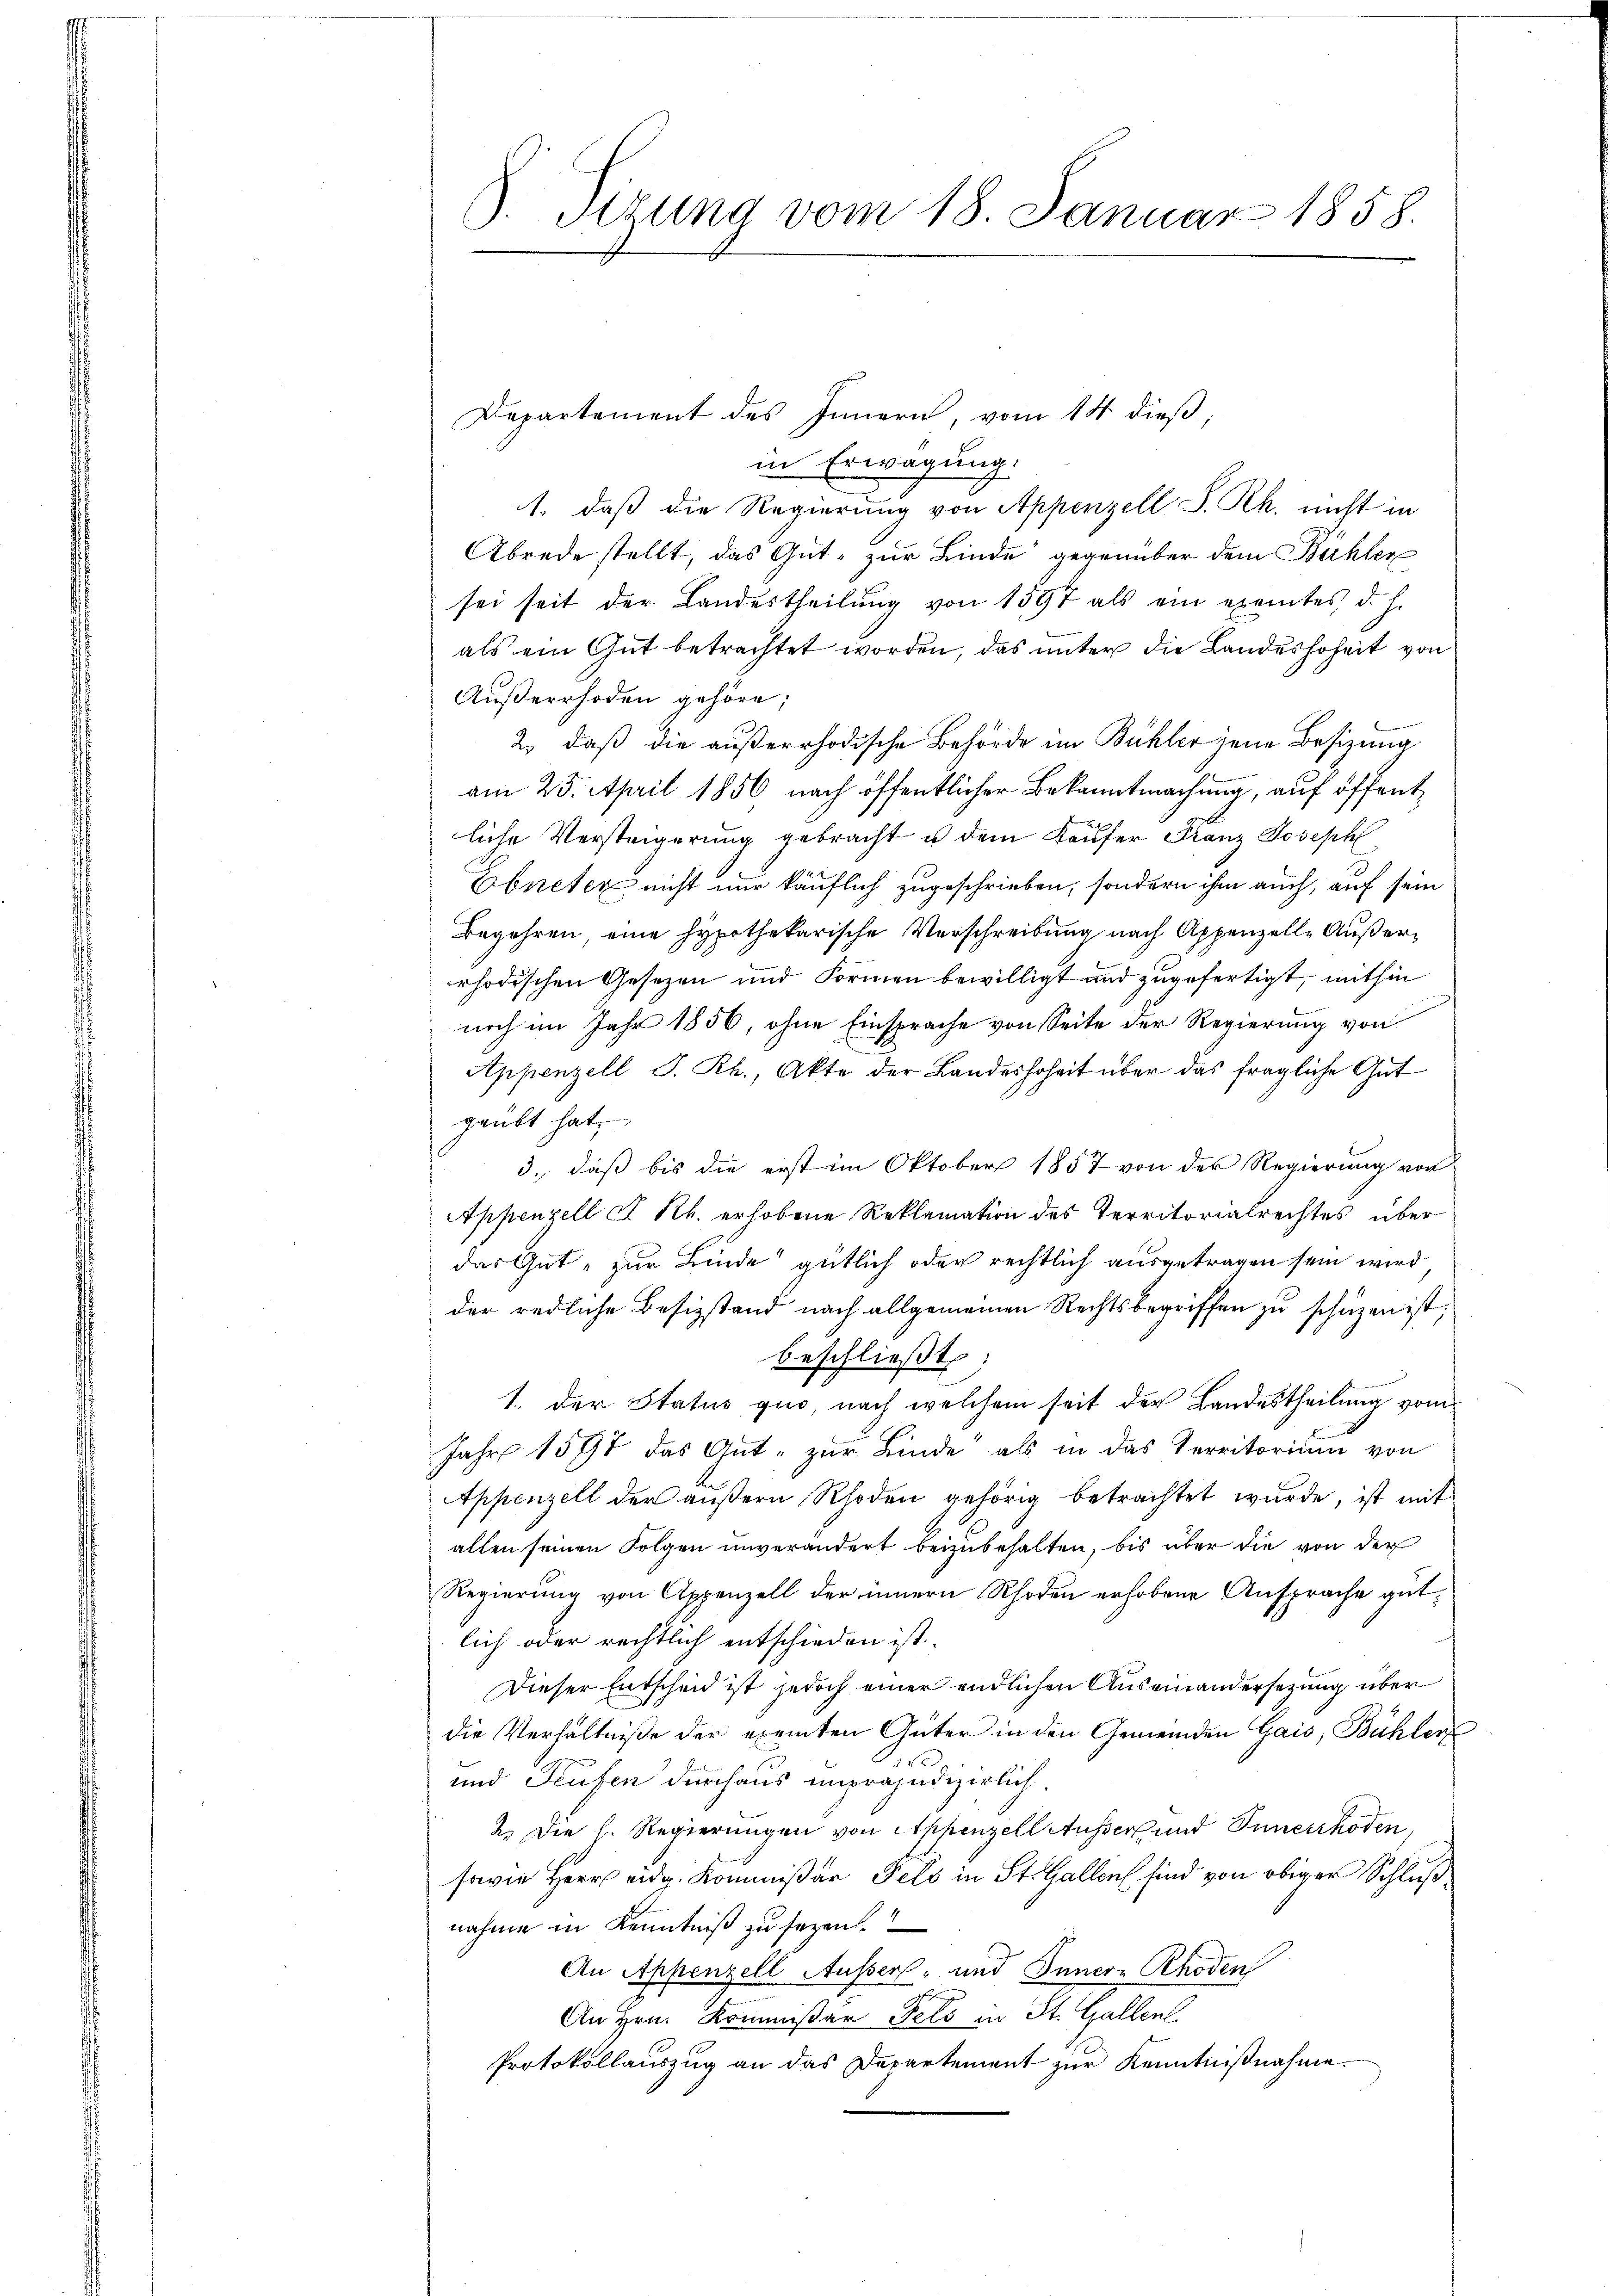
Departement des Innern, vom 14. dieß,
in Erwägung.
1., daß die Regierung von Appenzell S. Rh. nicht in
Abrede stellt, das Gut zur Kinde gegenüber dem Bühlen
sei seit der Landestheilung von 1597 als ein exemtes, d. h.
als ein Gut betrachtet worden, das unter die Landeshoheit von
Außerrhoden gehöre;
2. daß die außerrhodische Behörde im Bühler jene Besizung
am 25. April 1856 nach öffentlicher Bekanntmachung, auf öffentliche Versteigerung gebracht u dem Käufer Franz Joseph
Ebneter nicht nur käuflich zugeschrieben, sondern ihm auch, auf sein
Begehren eine hypothekarische Verschreibung nach Appenzell Außerrhodischen Gesetzen und Formen bewilligt und zugefertigt, mithin
noch im Jahr 1856, ohne Einsprache von Seite der Regierung von
Appenzell I. Rh., Akte der Landeshoheit über das fragliche Gut
geübt hat.
3., daß bis die erst im Oktober 1857 von der Regierung von
Appenzell T. Rh. erhobene Reklamation des Territorialrechtes über
das Gut zur Binde gütlich oder rechtlich ausgetragen sein wird
der redliche Besizstand nach allgemeinen Rechtsbegriffen zu schüzen ist;
beschließt:
1. Der Status quo, nach welchem seit der Landestheilung vom
Jahr 1597 das Gut - zur Binde als in das Territorium von
Appenzell der äußern Rhoden gehörig betrachtet wurde, ist mit
allen seinen Folgen unverändert beizubehalten, bis über die von der
Regierung von Appenzell der innern Rhoden erhobene Ansprache gutlich oder rechtlich entschieden ist.
Dieser Entscheid ist jedoch einer endlichen Auseinandersetzung über
die Verhältniße der exemten Güter in den Gemeinden Gais, Bühler
und Teufen durchaus unpräjudizierlich
2. Die h. Regierungen von Appenzell Ausser und Innerrhoden,
sowie Herr eidg. Kommißär Fels in St. Gallen sind von obiger Schluß
nahme in Kenntniß zu sezen.
An Appenzell Aussers, und Inner-Rhoden
An Hrn. Kommißär Fels in St. Gallen
Protokollauszug an das Departement zur Kenntnißnahme.

3. Sitzung vom 18. Januar 1858.